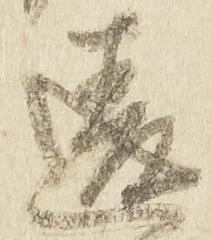
違